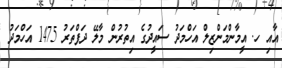
އާއި ހ. އީމާންމަންޒިލް އަހްމަދު ސައީދުގެ އިތުރުން މާލޭ ދަފްތަރު 1475 އަހްމަދު